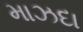
માઝદા